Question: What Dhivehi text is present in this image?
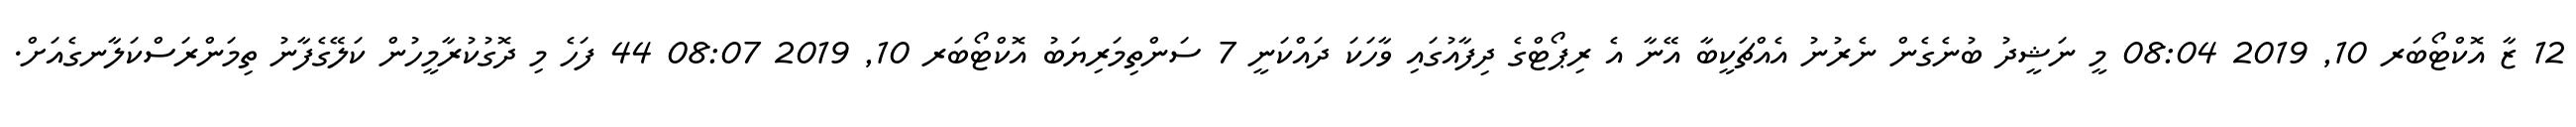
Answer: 12 ޒާ އޮކްޓޯބަރ 10, 2019 08:04 މީ ނަޝީދު ބުނެގެން ނެރުނު އެއްޗަކީބާ އޭނާ އެ ރިޕޯޓްގެ ދިފާއުގައި ވާހަކަ ދައްކަނީ 7 ސަންތިމަރިޔަބު އޮކްޓޯބަރ 10, 2019 08:07 44 ފަހެ މި ދޮގުކުރާމީހުން ކަލޭގެފާނު ތިމަންރަސްކަލާނގެއަށް.